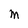
Character: M